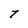
Character: T